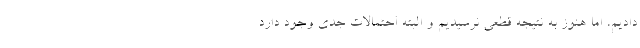
دادیم، اما هنوز به نتیجه قطعی نرسیدیم و البته احتمالات جدی وجود دارد